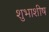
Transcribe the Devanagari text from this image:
शुभाशीष